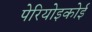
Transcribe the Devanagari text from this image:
पेरियोइकोई